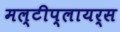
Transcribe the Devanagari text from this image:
मल्टीप्लायर्स